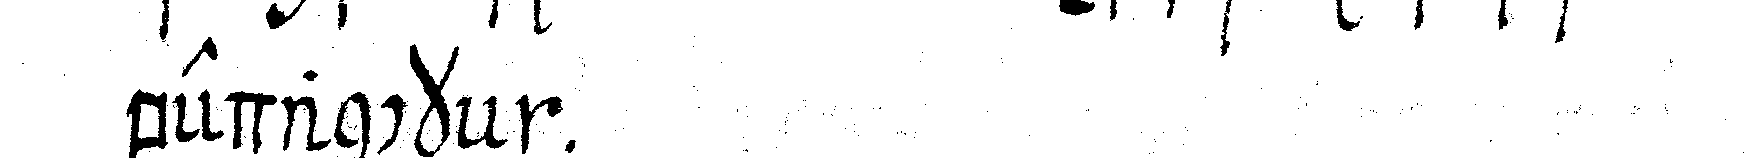
bedanckeN .